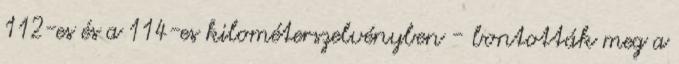
112-es és a 114-es kilométerszelvényben - bontották meg a